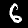
Label: 6